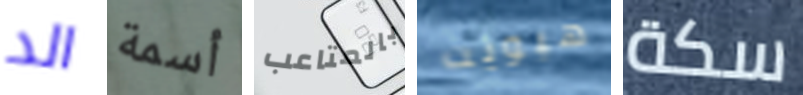
الد أسمة بالمتاعب هيويت سكة